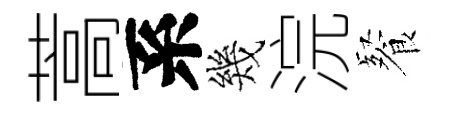
蒿系幾浣餐